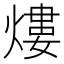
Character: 熡